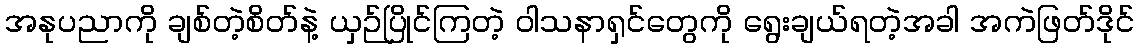
အနုပညာကို ချစ်တဲ့စိတ်နဲ့ ယှဉ်ပြိုင်ကြတဲ့ ဝါသနာရှင်တွေကို ရွေးချယ်ရတဲ့အခါ အကဲဖြတ်ဒိုင်